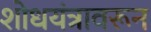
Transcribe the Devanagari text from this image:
शोधयंत्रावरून